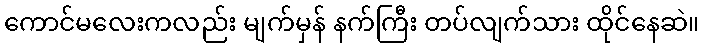
ကောင်မလေးကလည်း မျက်မှန် နက်ကြီး တပ်လျက်သား ထိုင်နေဆဲ။